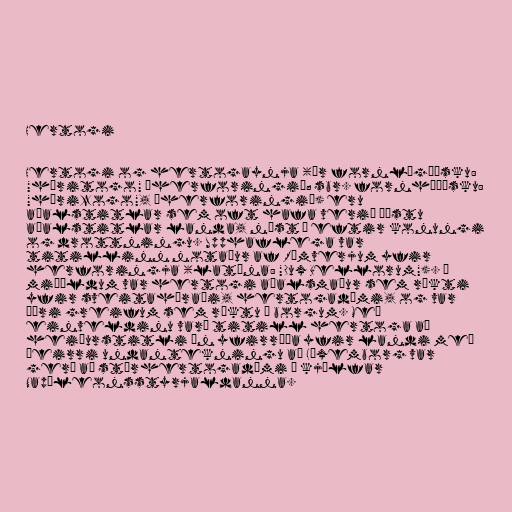
Hertogi

Hertogi og hertogaynja (úr fornlágþýsku:
"hėritogo" „herforingi“; sbr. fornháþýsku:
"hėrizogo", „herforingi“) eru
aðalstitlar sem oft hafa verið æðstu
aðalstitlar landa, næst á eftir konungi
og drottningu. Upphaflega var
titillinn notaður af Rómverjum yfir
herforingja (latína: "Dux Bellorum"). Á
miðöldum var hertogi aðalsmaður sem ríkti
yfir sveitahéraði, hertogadæmi, og var
æðri greifum sem ríktu í borgum. Með
einveldinu varð titill hertoga að
heiðurstitli án yfirráða yfir landi með
þeirri undantekningu að Lúxemborg var
gerð að stórhertogadæmi í kjölfar
Napóleonsstyrjaldanna.